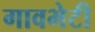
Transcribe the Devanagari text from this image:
गावभेटी